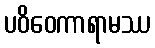
ပဝိဝေကာရာမဿ